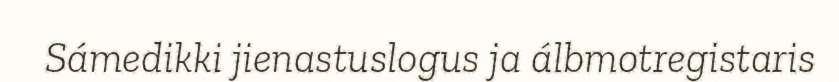
Sámedikki jienastuslogus ja álbmotregistaris